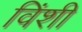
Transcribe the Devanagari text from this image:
विंशी